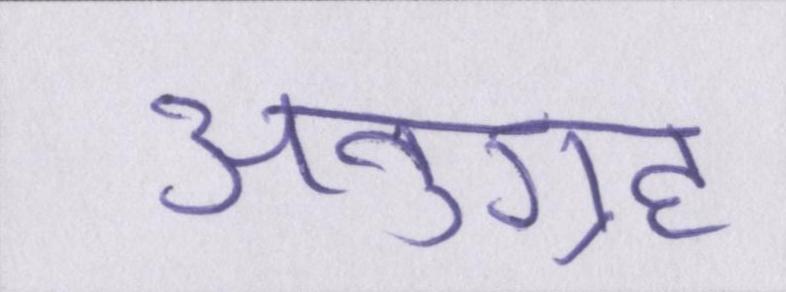
अनुग्रह